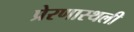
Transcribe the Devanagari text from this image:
प्रेरणास्थली